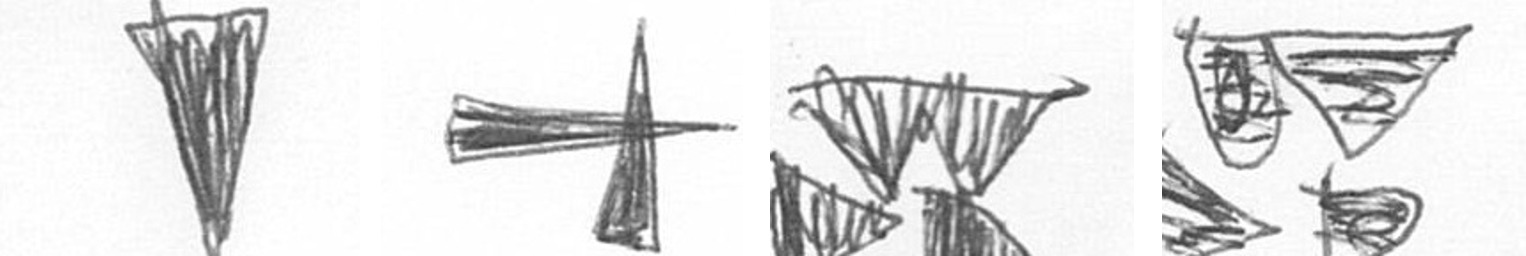
J G B B